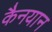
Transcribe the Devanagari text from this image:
कैनयान